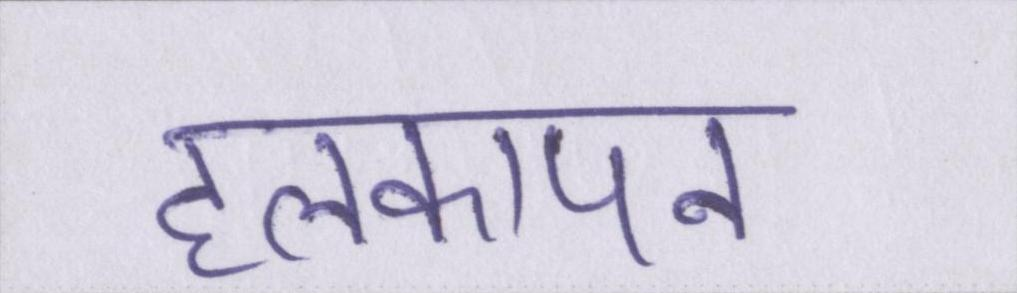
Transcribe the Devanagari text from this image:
हलकापन